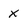
Character: x